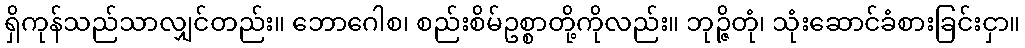
ရှိကုန်သည်သာလျှင်တည်း။ ဘောဂေါစ၊ စည်းစိမ်ဥစ္စာတို့ကိုလည်း။ ဘုဉ္ဇိတုံ၊ သုံးဆောင်ခံစားခြင်းငှာ။